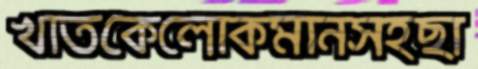
খাতকেলোকমানসহছা